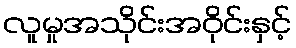
လူမှုအသိုင်းအဝိုင်းနှင့်